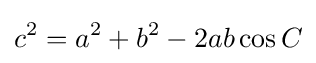
c^{2}=a^{2}+b^{2}-2ab\cos C